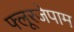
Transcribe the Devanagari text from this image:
फ्लूरजेपाम